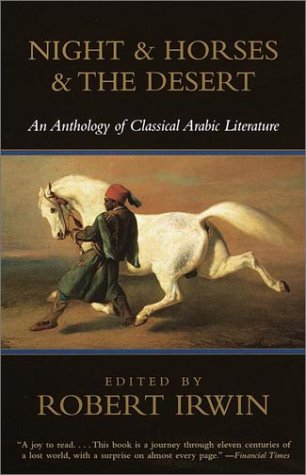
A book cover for Night & Horses & the Desert: An Anthology of Classical Arabic Literature; Literature & Fiction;